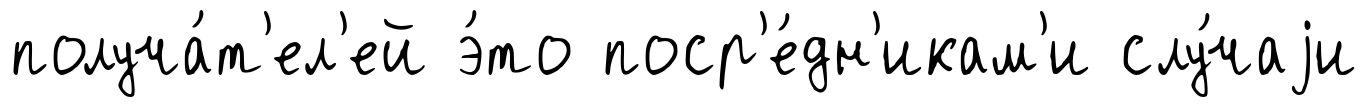
получа́т'ел'ей э́то поср'е́дн'икам'и слу́чаjи